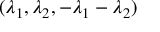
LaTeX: ( \lambda _ { 1 } , \lambda _ { 2 } , - \lambda _ { 1 } - \lambda _ { 2 } )